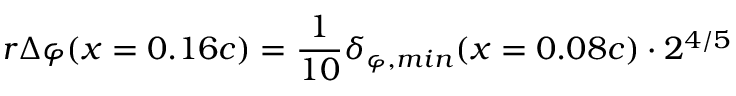
{ r \Delta \varphi ( x = 0 . 1 6 c ) = \frac { 1 } { 1 0 } \delta _ { \varphi , m i n } ( x = 0 . 0 8 c ) \cdot 2 ^ { 4 / 5 } }